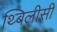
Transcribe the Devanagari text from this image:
थ्बिलीसी